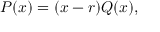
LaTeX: P ( x ) = ( x - r ) Q ( x ) ,